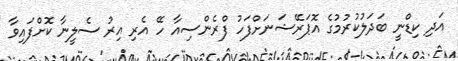
އަދި ކިޑްނީ ބަދަލުކުރުމުގެ އޮޕަރޭޝަނަށްފަހު ފްރެންސިއާ ހޭ އެރި އިރު ސެލީނާ ކޮށްފައިވާ